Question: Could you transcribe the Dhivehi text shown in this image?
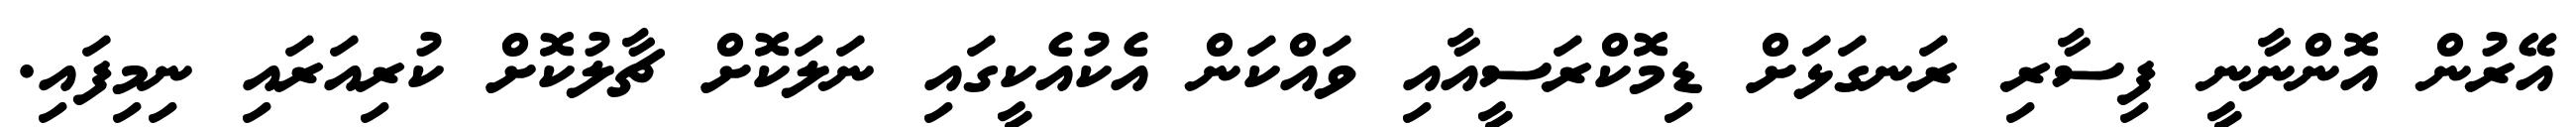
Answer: އޭރުން އޮންނާނީ ފިސާރި ރަނގަޅަށް ޑިމޮކްރަސީއާއި ވައްކަން އެކުއެކީގައި ނަލަކޮށް ޗާލުކޮށް ކުރިއަރައި ނިމިފައި.